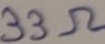
Text: 33Ω